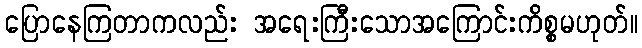
ပြောနေကြတာကလည်း အရေးကြီးသောအကြောင်းကိစ္စမဟုတ်။